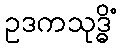
ဥဒကသုဒ္ဓိံ